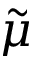
\tilde { \mu }